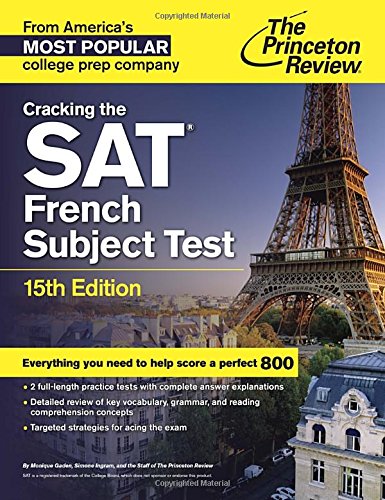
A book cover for Cracking the SAT French Subject Test, 15th Edition (College Test Preparation); Princeton Review; Test Preparation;